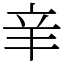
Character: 𨐌